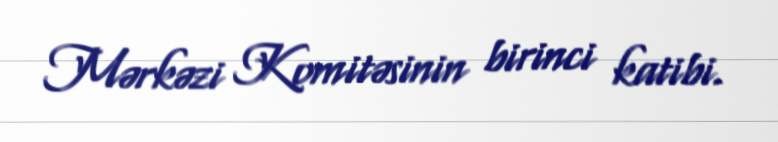
Mərkəzi Komitəsinin birinci katibi.